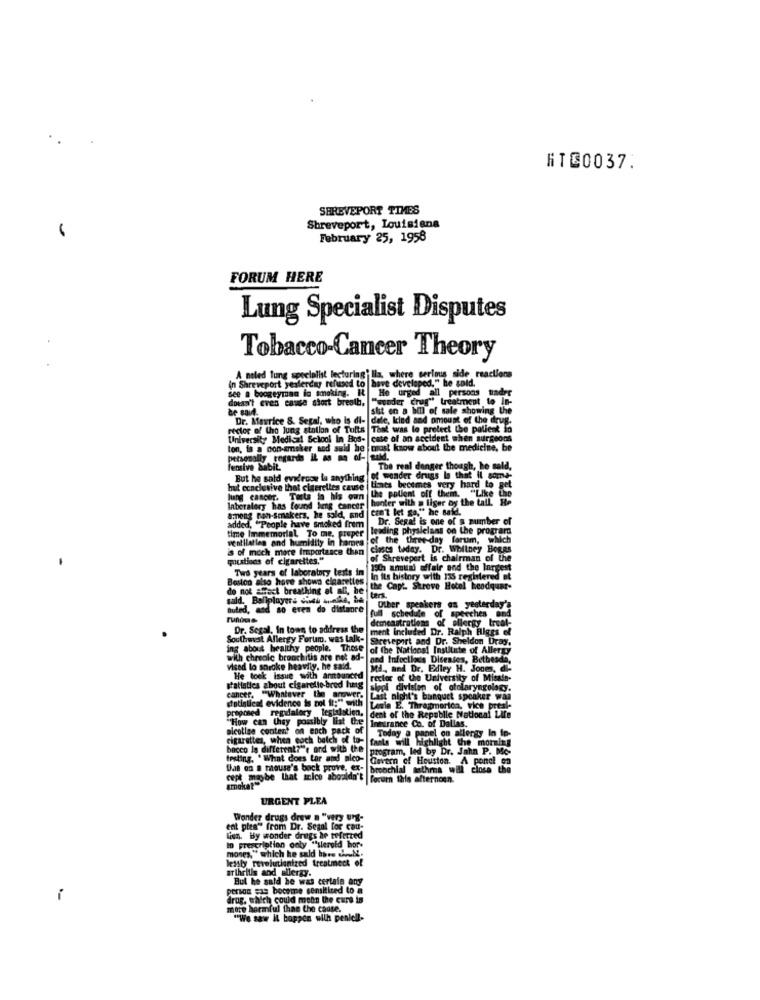
RT@0037.
SHREVEPORT TIMES
Shreveport, Louisiana
February 25, 1958
FORUM HERE
Lung Specialist Disputes
Tobacco-Cancer Theory
A neled lung sepelolist lecturingilla, where serious side, reactions
see a boogeyman la smoking. It He urged all persons
In Shreveport yesterday refused to have developed." he sold.
doesn't even cause stort breath. "wunder crus"
be said.
bmi of sale showing the
treatment Le
Dr. Maurice &. Segal, who Is di- dele, kind and omoust of the drug.
rector of the lung station of Tuits
That was to protect the palient so
University Medical School In Bos- case of an accident when surgeons
ton, is a non-smoker and said De
most know about the medicine, be
personally regards IL as an of- aaMd.
fensive habit.
The real danger though, he said,
But he said evi'rcor la anything
of wonder drugs Is that Il sorra-
hut conclusive that citerelles cause
Hints becomes very hard to get
lung cancer. Taste la his own
the pollent off them. "Like the
r with # liger by the tall.
laboratory has found beng cancer
can't let go," he said.
among non-senakers, he said, and
Dr. Segal is one of a number of
added, "People have Smoked frem
time Immemorial To me. proper
leading physicians on the program
ventilaties and humidity in hommes
of the three-day forum, which
is of moch more Importance Chan
clases today. Dr. Whitney Bogas
questions of cigarettes."
of Shreveport is chairman of the
Two years of laboratory tests im
15th arital affair and the largest
Boston also have shows cigarettes
in its history with 135 registered at
do not affect breathing el all, he
the Capt. Skreve Hotel headquar-
sald. Ballplayers inte wake, ba
Cars
Buled, and so eren do distance
Other speakers as yesterday's
demonstrations of allergy treat-
full schedule of speeches and
Dr. Segal, In town to address the
ment Included Dr. Ralph Riggs el
Southwest Allergy Forum, was talk-
Shreveport and Dr. Sheldon Dray,
ing about healthy people. These
of the National Institute of Allergy
with chreole bronchitis are not ad-
and Infectious Diseases, Bethesda,
vised lo snroke heavily. he said."
Mi ., and Dr. Exley H. Jones, di-
He took issue with amitounced
rector of the University of Misale-
statistics about cigarette-bred hug
siegl division of otolaryngology.
cancer, "Whatever the snower.
statistical evidence is col it:" with
Last night's banquet speaker waa
proposed regdalory leglaistien,
Lasie E. Thragrorica, vice presi-
dent of the Republic National Life
"How can they possibly list the insurance Co. of Dallas.
nicotine content on eoch pack of
Today o panel on allergy In io-
cigarettes, when eoch batch of to-
fants will highlight the morning
bocco Is different?"'e and with the
program, led by Dr. John P. Mc-
testing, "What does Lar and pico- Govern of Houston. A ponci on
Das on a mouse's back prove. ex- bronchial tothema will close the
cept maybe that mice aboraldn't
forum this afternoon.
amokat"
URGENT PLEA
Wonder drugs drew a "very Ung-
ent ples" from Dr. Seanl for cau-
Lun. By wonder drugs he teferted
mones," which he sald bars .. N.
In prescription only sslergid bor.
lessly revolutionized treatmeck of
arthritis and allergy.
But he said he was certain any
person =is become sensitized to a
drug, which could mean the cure is
more harmful than the cause.
"We saw Il boppen with peniell.